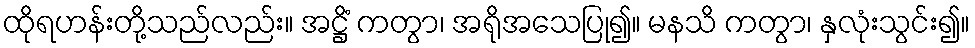
ထိုရဟန်းတို့သည်လည်း။ အဋ္ဌိံ ကတွာ၊ အရိုအသေပြု၍။ မနသိ ကတွာ၊ နှလုံးသွင်း၍။